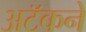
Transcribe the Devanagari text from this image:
अटॅकने